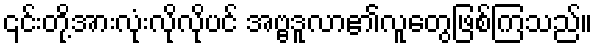
၎င်းတို့အားလုံးလိုလိုပင် အဗ္ဗဒူလာ၏လူတွေဖြစ်ကြသည်။